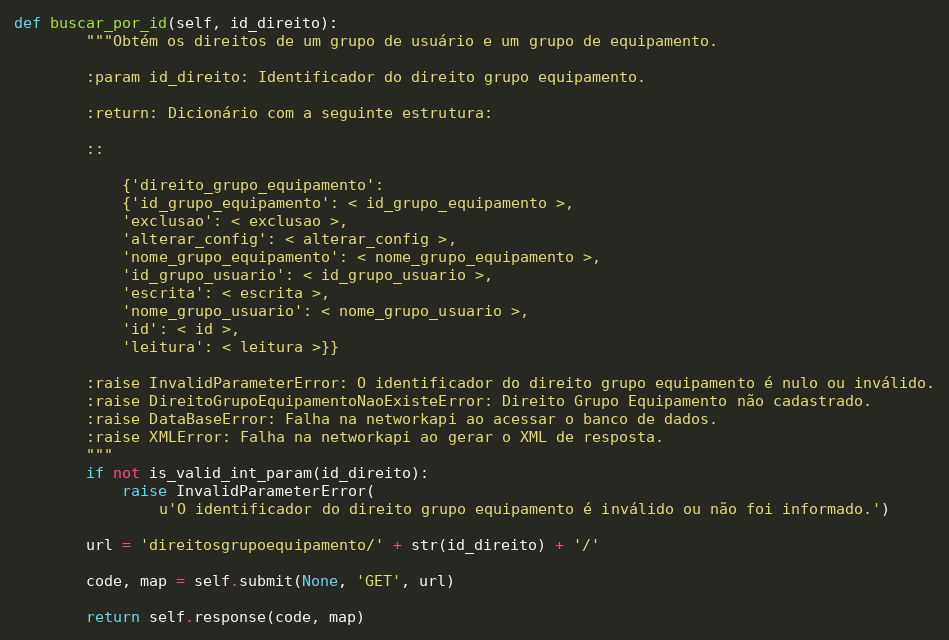
Language: Python
def buscar_por_id(self, id_direito):
        """Obtém os direitos de um grupo de usuário e um grupo de equipamento.

        :param id_direito: Identificador do direito grupo equipamento.

        :return: Dicionário com a seguinte estrutura:

        ::

            {'direito_grupo_equipamento':
            {'id_grupo_equipamento': < id_grupo_equipamento >,
            'exclusao': < exclusao >,
            'alterar_config': < alterar_config >,
            'nome_grupo_equipamento': < nome_grupo_equipamento >,
            'id_grupo_usuario': < id_grupo_usuario >,
            'escrita': < escrita >,
            'nome_grupo_usuario': < nome_grupo_usuario >,
            'id': < id >,
            'leitura': < leitura >}}

        :raise InvalidParameterError: O identificador do direito grupo equipamento é nulo ou inválido.
        :raise DireitoGrupoEquipamentoNaoExisteError: Direito Grupo Equipamento não cadastrado.
        :raise DataBaseError: Falha na networkapi ao acessar o banco de dados.
        :raise XMLError: Falha na networkapi ao gerar o XML de resposta.
        """
        if not is_valid_int_param(id_direito):
            raise InvalidParameterError(
                u'O identificador do direito grupo equipamento é inválido ou não foi informado.')

        url = 'direitosgrupoequipamento/' + str(id_direito) + '/'

        code, map = self.submit(None, 'GET', url)

        return self.response(code, map)